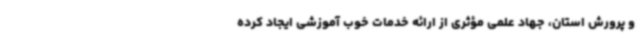
و پرورش استان، جهاد علمی مؤثری از ارائه خدمات خوب آموزشی ایجاد کرده